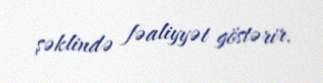
şəklində fəaliyyət göstərir.